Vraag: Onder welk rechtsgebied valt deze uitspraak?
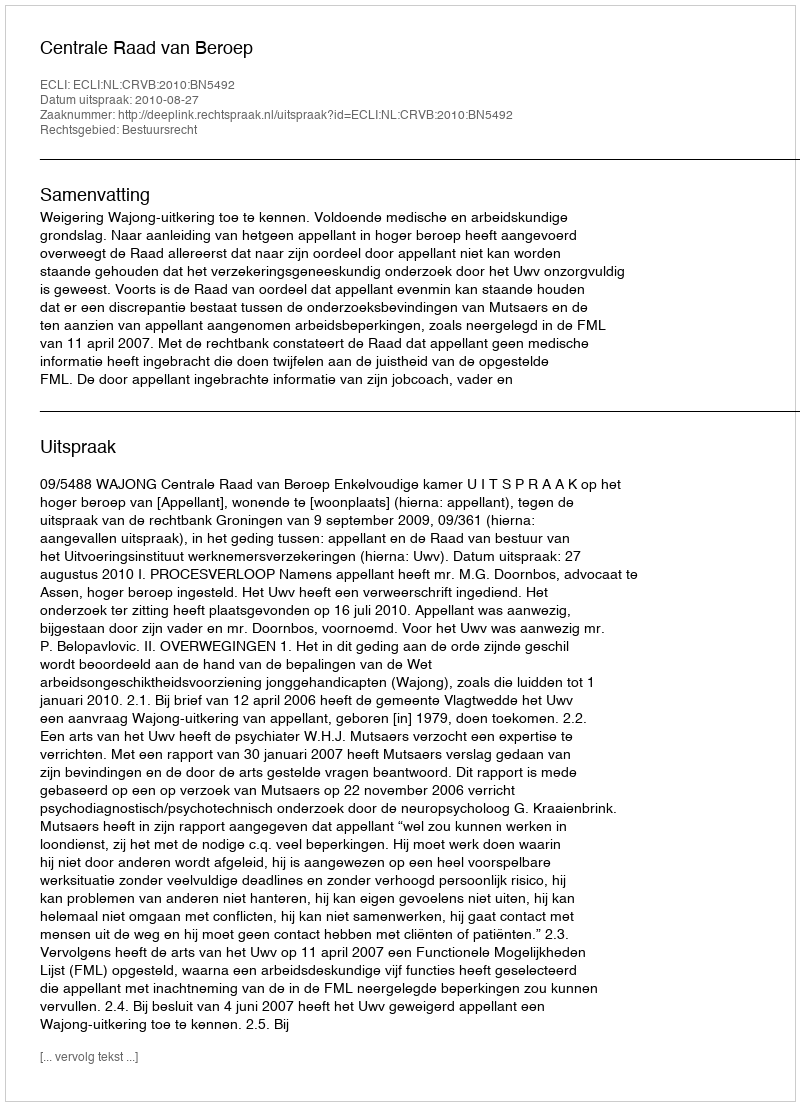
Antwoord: Bestuursrecht